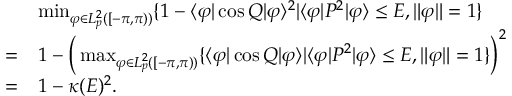
\begin{array} { r l } & { \operatorname* { m i n } _ { \varphi \in L _ { p } ^ { 2 } ( [ - \pi , \pi ) ) } \{ 1 - \langle \varphi | \cos Q | \varphi \rangle ^ { 2 } | \langle \varphi | P ^ { 2 } | \varphi \rangle \le E , \| \varphi \| = 1 \} } \\ { = } & { 1 - \Big ( \operatorname* { m a x } _ { \varphi \in L _ { p } ^ { 2 } ( [ - \pi , \pi ) ) } \{ \langle \varphi | \cos Q | \varphi \rangle | \langle \varphi | P ^ { 2 } | \varphi \rangle \le E , \| \varphi \| = 1 \} \Big ) ^ { 2 } } \\ { = } & { 1 - \kappa ( E ) ^ { 2 } . } \end{array}